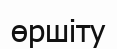
өршіту